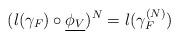
LaTeX: \begin{align*}(l(\gamma_F)\circ \underline{\phi_V})^N=l(\gamma_F^{(N)})\end{align*}